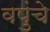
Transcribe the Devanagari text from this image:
वपुंचे